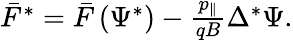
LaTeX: \begin{array}{r}{\bar{F}^{*}=\bar{F}\left(\Psi^{*}\right)-\frac{p_{\| }}{qB}\Delta^{*}\Psi.}\end{array}